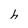
Character: h